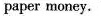
paper money.